Scientific memoirs by medical officers of the Army of India - Part V,
Year: 1890
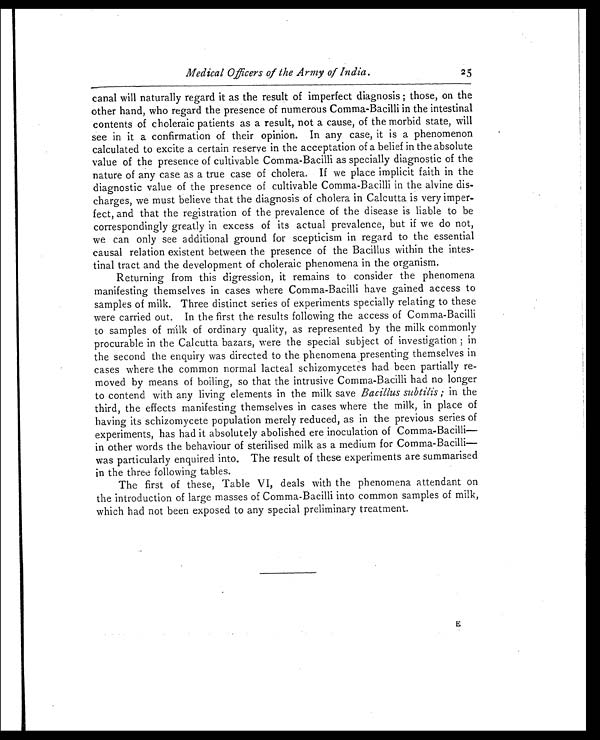
Medical Officers of the Army of India.
25
canal will naturally regard it as the result of imperfect diagnosis; those, on the
other hand, who regard the presence of numerous Comma-Bacilli in the intestinal
contents of choleraic patients as a result, not a cause, of the morbid state, will
see in it a confirmation of their opinion. In any case, it is a phenomenon
calculated to excite a certain reserve in the acceptation of a belief in the absolute
value of the presence of cultivable Comma-Bacilli as specially diagnostic of the
nature of any case as a true case of cholera. If we place implicit faith in the
diagnostic value of the presence of cultivable Comma-Bacilli in the alvine dis-
charges, we must believe that the diagnosis of cholera in Calcutta is very imper-
fect, and that the registration of the prevalence of the disease is liable to be
correspondingly greatly in excess of its actual prevalence, but if we do not,
we can only see additional ground for scepticism in regard to the essential
causal relation existent between the presence of the Bacillus within the intes-
tinal tract and the development of choleraic phenomena in the organism.
Returning from this digression, it remains to consider the phenomena
manifesting themselves in cases where Comma-Bacilli have gained access to
samples of milk. Three distinct series of experiments specially relating to these
were carried out. In the first the results following the access of Comma-Bacilli
to samples of milk of ordinary quality, as represented by the milk commonly
procurable in the Calcutta bazars, were the special subject of investigation; in
the second the enquiry was directed to the phenomena presenting themselves in
cases where the common normal lacteal schizomycetes had been partially re-
moved by means of boiling, so that the intrusive Comma-Bacilli had no longer
to contend with any living elements in the milk save Bacillus subtilis; in the
third, the effects manifesting themselves in cases where the milk, in place of
having its schizomycete population merely reduced, as in the previous series of
experiments, has had it absolutely abolished ere inoculation of Comma-Bacilli
—in other words the behaviour of sterilised milk as a medium for Comma-Bacilli
— w a s p a r t i c u l a r l y e n q u i r e d i n t o . T h e r e s u l t o f t h e s e e x p e r i m e n t s a r e s u m m a r i s e d
in the three following tables.
The first of these, Table VI, deals with the phenomena attendant on
the introduction of large masses of Comma-Bacilli into common samples of milk,
which had not been exposed to any special preliminary treatment.
E